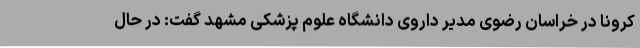
کرونا در خراسان رضوی مدیر داروی دانشگاه علوم پزشکی مشهد گفت: در حال